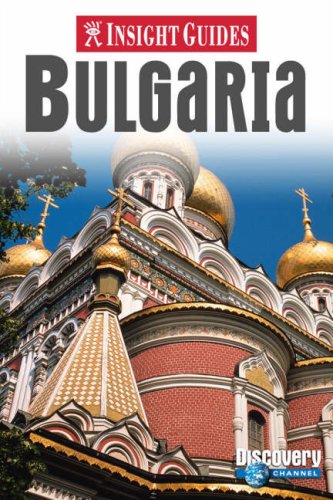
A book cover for Insight Guides: Bulgaria; APA; Travel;